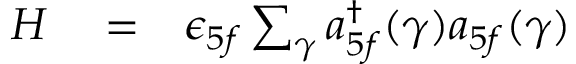
\begin{array} { r l r } { H } & { { } = } & { \epsilon _ { 5 f } \sum _ { \gamma } a _ { 5 f } ^ { \dag } ( \gamma ) a _ { 5 f } ( \gamma ) } \end{array}